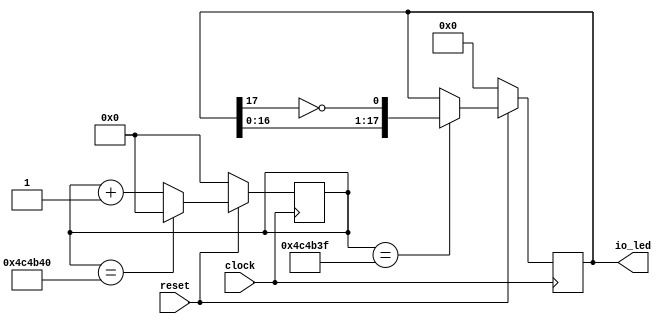
module waterled( // @[:@3.2]
  input         clock, // @[:@4.4]
  input         reset, // @[:@5.4]
  output [17:0] io_led // @[:@6.4]
);
  reg [31:0] count; // @[waterled.scala 25:25:@8.4]
  reg [31:0] _RAND_0;
  wire  _T_9; // @[waterled.scala 26:26:@9.4]
  wire [32:0] _T_12; // @[waterled.scala 26:45:@10.4]
  wire [31:0] _T_13; // @[waterled.scala 26:45:@11.4]
  wire [31:0] _T_14; // @[waterled.scala 26:18:@12.4]
  reg [17:0] shiftReg; // @[waterled.scala 11:21:@14.4]
  reg [31:0] _RAND_1;
  wire  _T_18; // @[waterled.scala 12:23:@16.4]
  wire [23:0] _T_21; // @[waterled.scala 15:30:@21.6]
  wire [23:0] _T_22; // @[waterled.scala 15:30:@22.6]
  wire [22:0] _T_23; // @[waterled.scala 15:30:@23.6]
  wire [31:0] _GEN_2; // @[waterled.scala 15:17:@24.6]
  wire  _T_24; // @[waterled.scala 15:17:@24.6]
  wire [16:0] _T_25; // @[waterled.scala 16:31:@26.8]
  wire  _T_26; // @[waterled.scala 16:49:@27.8]
  wire  _T_27; // @[waterled.scala 16:40:@28.8]
  wire [17:0] _T_28; // @[Cat.scala 30:58:@29.8]
  wire [17:0] _GEN_0; // @[waterled.scala 15:36:@25.6]
  assign _T_9 = count == 32'h4c4b40; // @[waterled.scala 26:26:@9.4]
  assign _T_12 = count + 32'h1; // @[waterled.scala 26:45:@10.4]
  assign _T_13 = _T_12[31:0]; // @[waterled.scala 26:45:@11.4]
  assign _T_14 = _T_9 ? 32'h0 : _T_13; // @[waterled.scala 26:18:@12.4]
  assign _T_18 = reset == 1'h0; // @[waterled.scala 12:23:@16.4]
  assign _T_21 = 23'h4c4b40 - 23'h1; // @[waterled.scala 15:30:@21.6]
  assign _T_22 = $unsigned(_T_21); // @[waterled.scala 15:30:@22.6]
  assign _T_23 = _T_22[22:0]; // @[waterled.scala 15:30:@23.6]
  assign _GEN_2 = {{9'd0}, _T_23}; // @[waterled.scala 15:17:@24.6]
  assign _T_24 = count == _GEN_2; // @[waterled.scala 15:17:@24.6]
  assign _T_25 = shiftReg[16:0]; // @[waterled.scala 16:31:@26.8]
  assign _T_26 = shiftReg[17]; // @[waterled.scala 16:49:@27.8]
  assign _T_27 = ~ _T_26; // @[waterled.scala 16:40:@28.8]
  assign _T_28 = {_T_25,_T_27}; // @[Cat.scala 30:58:@29.8]
  assign _GEN_0 = _T_24 ? _T_28 : shiftReg; // @[waterled.scala 15:36:@25.6]
  assign io_led = shiftReg; // @[waterled.scala 23:10:@36.4]
`ifdef RANDOMIZE_GARBAGE_ASSIGN
`define RANDOMIZE
`endif
`ifdef RANDOMIZE_INVALID_ASSIGN
`define RANDOMIZE
`endif
`ifdef RANDOMIZE_REG_INIT
`define RANDOMIZE
`endif
`ifdef RANDOMIZE_MEM_INIT
`define RANDOMIZE
`endif
`ifdef RANDOMIZE
  integer initvar;
  initial begin
    `ifndef verilator
      #0.002 begin end
    `endif
  `ifdef RANDOMIZE_REG_INIT
  _RAND_0 = {1{$random}};
  count = _RAND_0[31:0];
  `endif // RANDOMIZE_REG_INIT
  `ifdef RANDOMIZE_REG_INIT
  _RAND_1 = {1{$random}};
  shiftReg = _RAND_1[17:0];
  `endif // RANDOMIZE_REG_INIT
  end
`endif // RANDOMIZE
  always @(posedge clock) begin
    if (!reset) begin
      count <= 32'h0;
    end else begin
      if (_T_9) begin
        count <= 32'h0;
      end else begin
        count <= _T_13;
      end
    end
    if (_T_18) begin
      shiftReg <= 18'h0;
    end else begin
      if (_T_24) begin
        shiftReg <= _T_28;
      end
    end
  end
endmodule